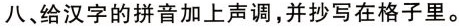
八、给汉字的拼音加上声调,并抄写在格子里。